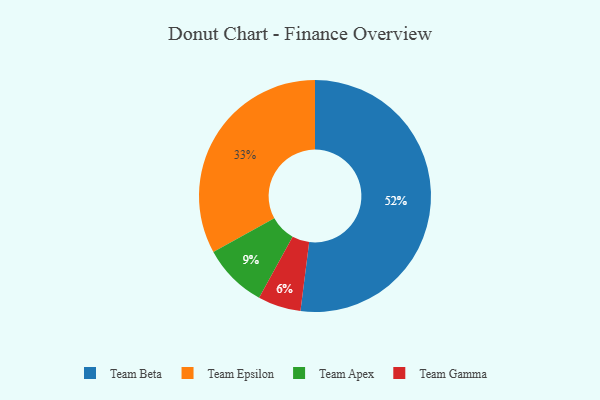
{"axis": {"x": "Category", "y": "Percentage"}, "legend": ["Team Apex", "Team Beta", "Team Epsilon", "Team Gamma"], "data": [{"x": "Team Epsilon", "y": 33, "type": "Team Epsilon"}, {"x": "Team Apex", "y": 9, "type": "Team Apex"}, {"x": "Team Beta", "y": 52, "type": "Team Beta"}, {"x": "Team Gamma", "y": 6, "type": "Team Gamma"}]}